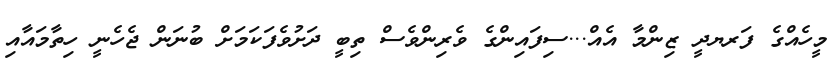
މީހެއްގެ ފަރޔދީ ޒިންމާ އެއް...ސިފައިންގެ ވެރިންވެސް ތިބީ ދަށުވެފަކަމަށް ބުނަންް ޖެހެނީ ހިތާމައާއި